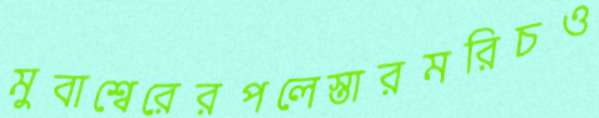
মুবাশ্বেরেরপলেস্তারমরিচও